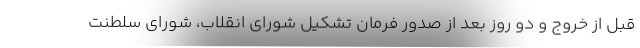
قبل از خروج و دو روز بعد از صدور فرمان تشکیل شورای انقلاب، شورای سلطنت